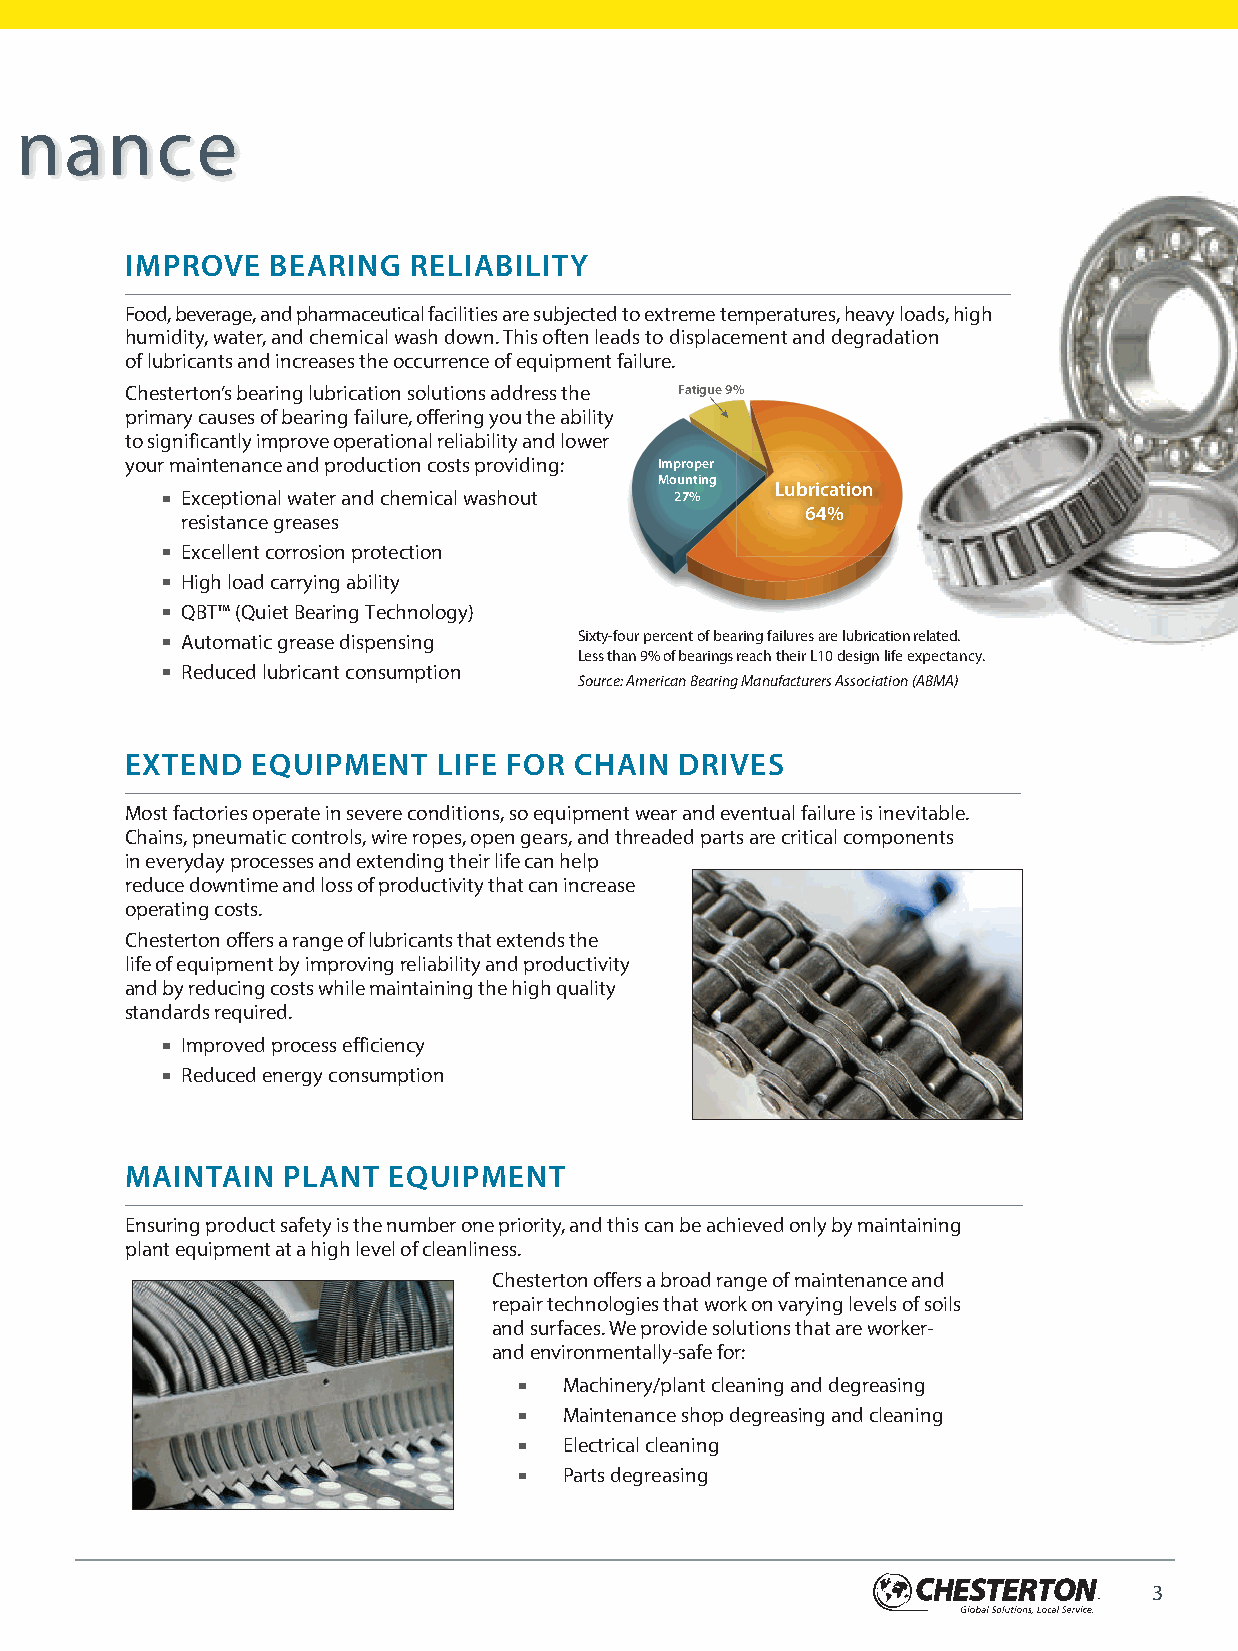
Reliability and Mainte nance
 IMPROVE   BEARING  RELIABILITY
 Food, beverage, and pharmaceutical facilities are subjected to extreme temperatures, heavy loads, high
 humidity, water, and chemical wash down. This often leads to displacement and degradation
 of lubricants and increases the occurrence of equipment failure.
 Chesterton’s bearing lubrication solutions address the Fatigue 9%
 primary causes of bearing failure, offering you the ability
 to significantly improve operational reliability and lower
 your maintenance and production costs providing: Improper
 Mounting
 Lubrication
 ■ Exceptional water and chemical washout 27%
 64%
 resistance greases
 ■ Excellent corrosion protection
 ■ High load carrying ability
 ■ QBT™ (Quiet Bearing Technology)
 ■ Automatic grease dispensing Sixty-four percent of bearing failures are lubrication related.
 Less than 9% of bearings reach their L10 design life expectancy.
 ■ Reduced lubricant consumption
 Source: American Bearing Manufacturers Association (ABMA)
 EXTEND   EQUIPMENT   LIFE FOR CHAIN  DRIVES
 Most factories operate in severe conditions, so equipment wear and eventual failure is inevitable.
 Chains, pneumatic controls, wire ropes, open gears, and threaded parts are critical components
 in everyday processes and extending their life can help
 reduce downtime and loss of productivity that can increase
 operating costs.
 Chesterton offers a range of lubricants that extends the
 life of equipment by improving reliability and productivity
 and by reducing costs while maintaining the high quality
 standards required.
 ■ Improved process efficiency
 ■ Reduced energy consumption
 MAINTAIN   PLANT  EQUIPMENT
 Ensuring product safety is the number one priority, and this can be achieved only by maintaining
 plant equipment at a high level of cleanliness.
 Chesterton offers a broad range of maintenance and
 repair technologies that work on varying levels of soils
 and surfaces. We provide solutions that are worker-
 and environmentally-safe for:
 ■  Machinery/plant cleaning and degreasing
 ■  Maintenance shop degreasing and cleaning
 ■  Electrical cleaning
 ■  Parts degreasing
 3